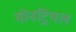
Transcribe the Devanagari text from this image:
मोनट्रियल